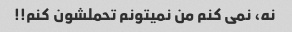
نه، نمی کنم من نمیتونم تحملشون کنم!!